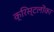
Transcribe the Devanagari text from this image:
क्रिस्टलोंका